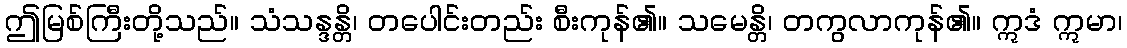
ဤမြစ်ကြီးတို့သည်။ သံသန္ဒန္တိ၊ တပေါင်းတည်း စီးကုန်၏။ သမေန္တိ၊ တကွလာကုန်၏။ ဣဒံ ဣမာ၊